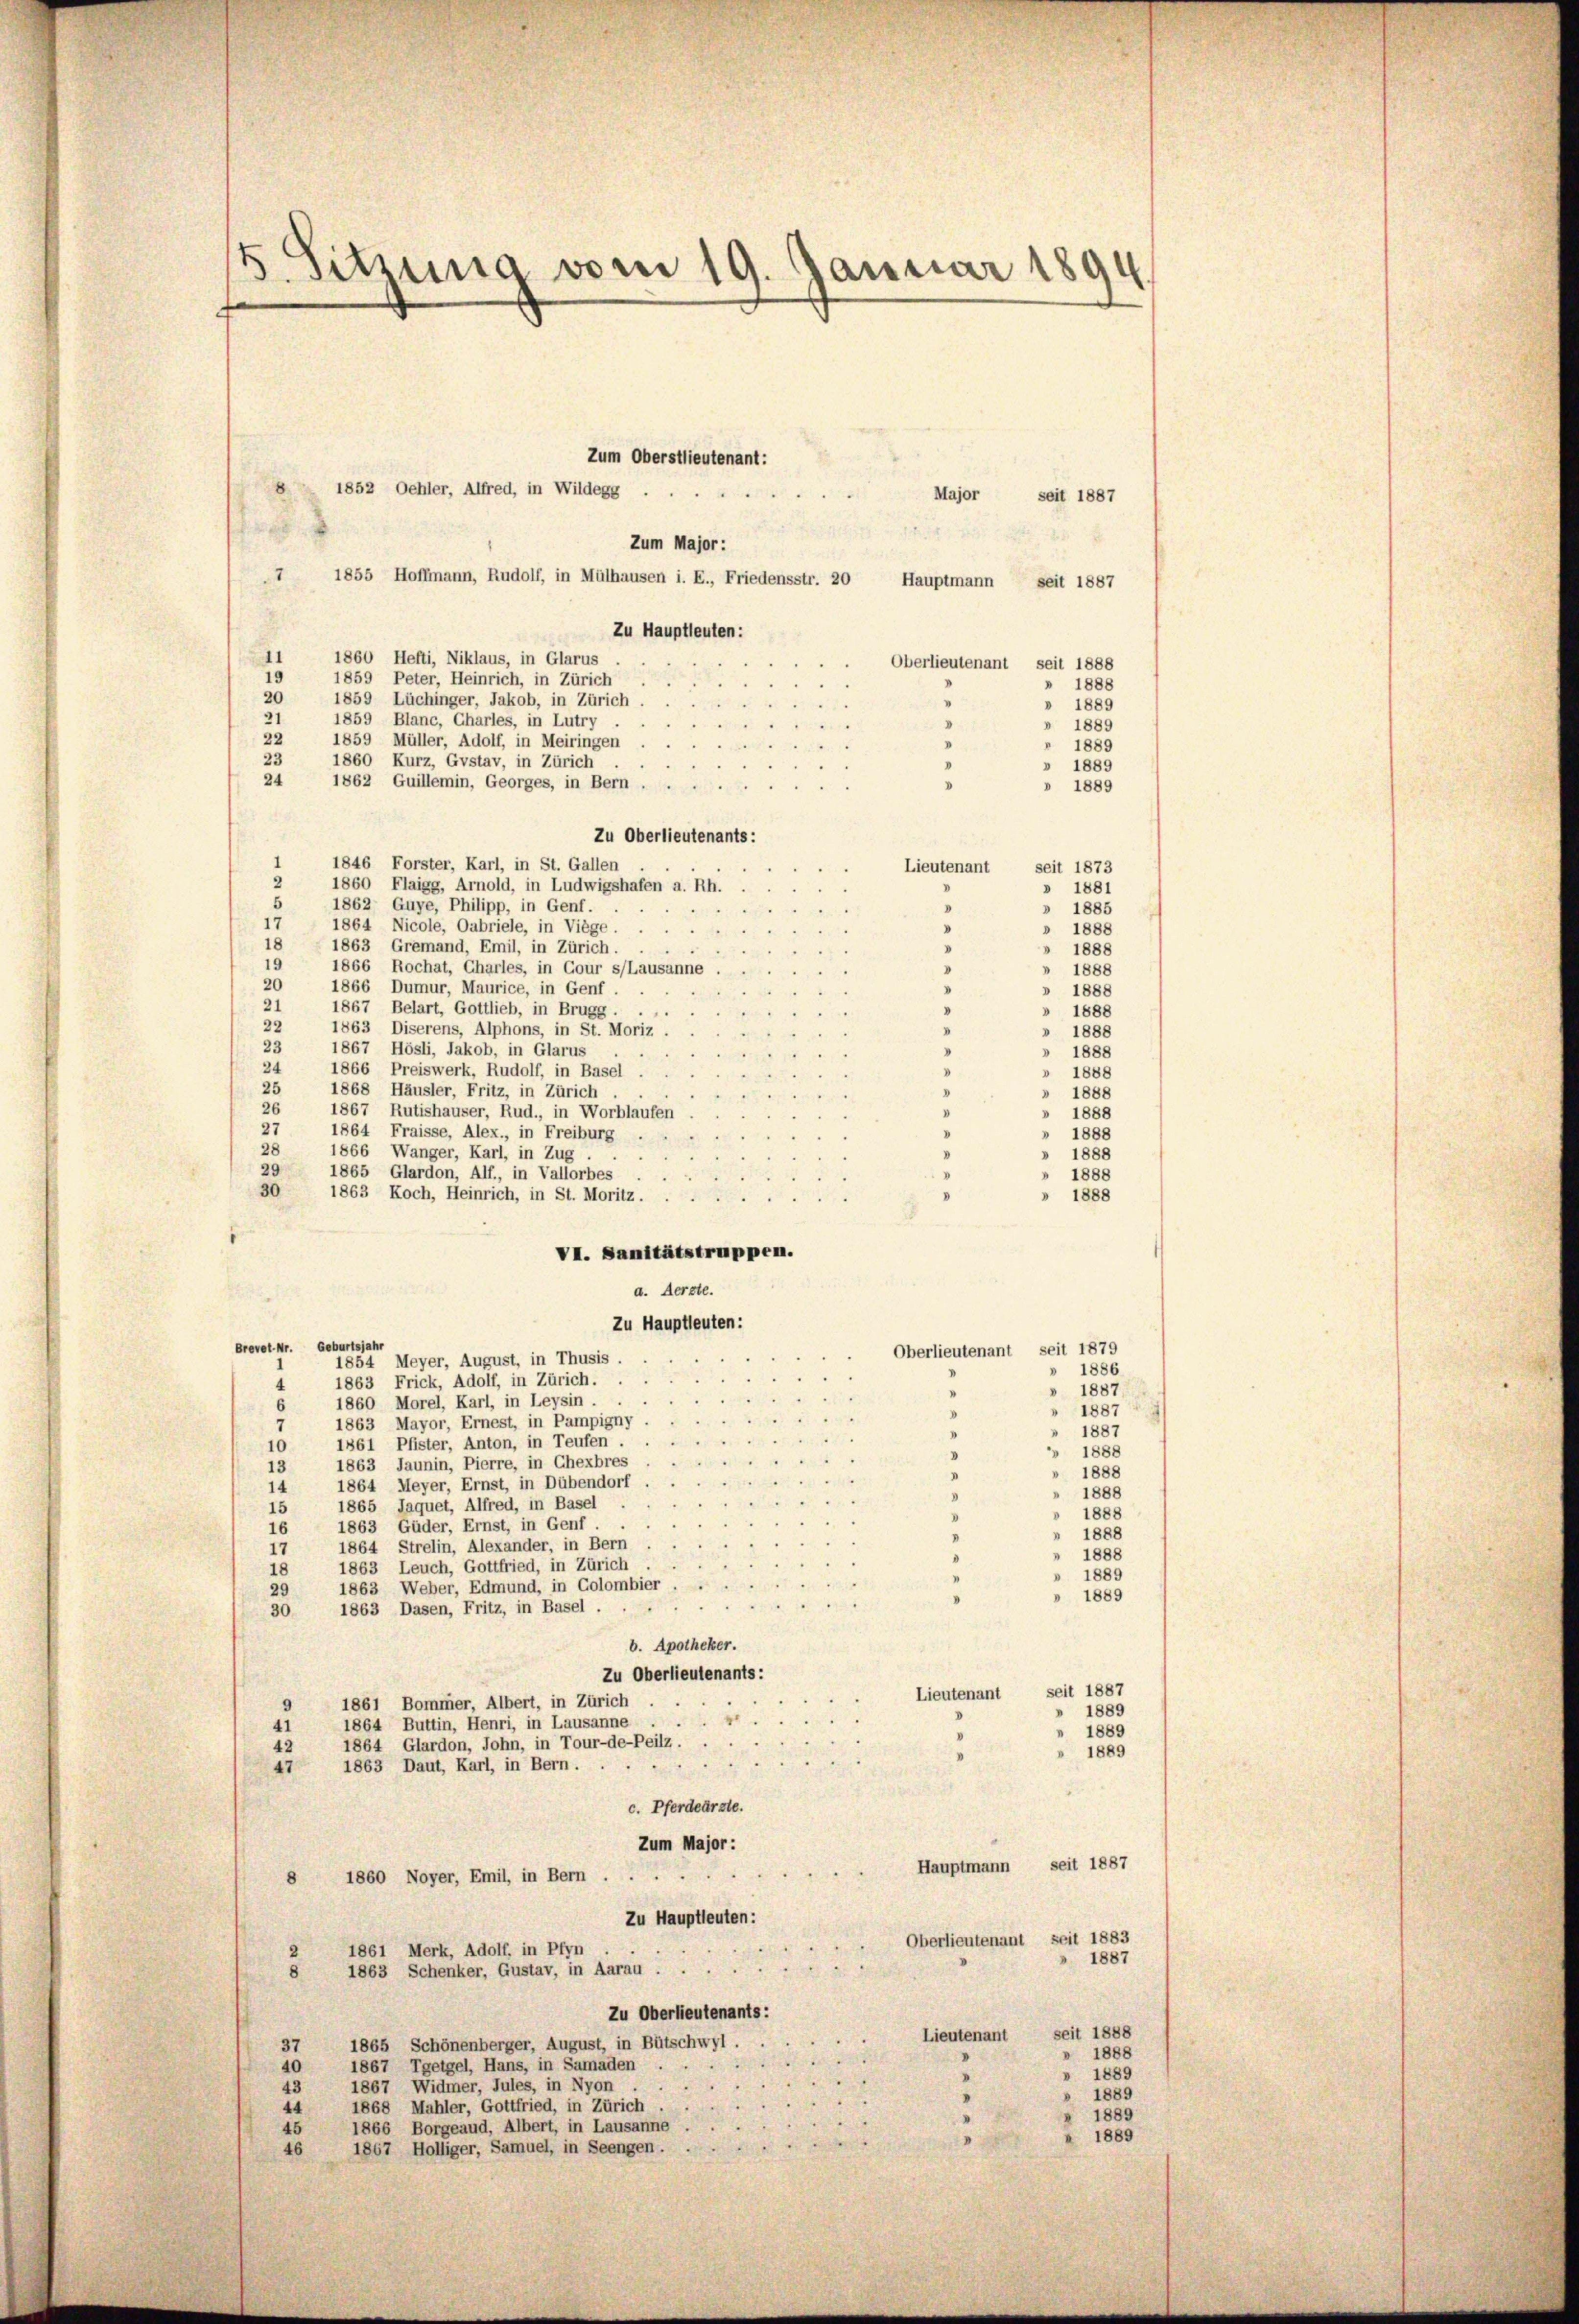
s Sitzung vom 19. Januar 1891

Zum Oberstlieutenant:
8
1852 Oehler, Alfred, in Wildegg
Major
seit 1887
Zum Major :
7 1855 Hoffmann, Rudolf, in Mülhausen i. E., Friedensstr. 20
Hauptmann seit 1887
Zu Hauptleuten:
11
1860 Hefti, Niklaus, in Glarus
Oberlieutenant seit 1888
19
1859 Peter, Heinrich, in Zürich
» 1888
20
1859 Lüchinger, Jakob, in Zürich
» 1889
21
1859 Blanc, Charles, in Lutry
» 1889
22
1859 Müller, Adolf, in Meiringen
 1889
23
1860 Kurz, Gvstav, in Zürich
» 1889
24
1862 Guillemin, Georges, in Bern.
» 1889
Zu Oberlieutenants:
1846 Forster, Karl, in St. Gallen
Lieutenant
seit 1873
5
1860 Flaigg, Arnold, in Ludwigshafen a. Rh.
» 1881
1862 Guye, Philipp, in Genf.
» 1885
17
1864 Nicole, Oabriele, in Viege.
3
» 1888
18
1863 Gremand, Emil, in Zürich.
V
 1888
19
1866 Rochat, Charles, in Gour s/Lausanne
V
 1888
20
1866 Dumur, Maurice, in Genf.
8
» 1888
21
1867 Belart, Gottlieb, in Brugg
.
» 1888
22
1863 Diserens, Alphons, in St. Moriz
.
 1888
23
1867 Hösli, Jakob, in Glarus
 1888
24
1866 Preiswerk, Rudolf, in Basel
D
» 1888
25
1868 Häusler, Fritz, in Zürich
D
 1888
26
1867 Rutishauser, Rud., in Worblaufen
V
» 1888
27
1864 Fraisse, Alex., in Freiburg
 1888
28
1866 Wanger, Karl, in Zug,
» 1888
29
1865 Glardon, Alf., in Vallorbes
 1888
30
1863 Koch, Heinrich, in St. Moritz.
 1888
VI. Sanitätstruppen.
a. Aerzte.
Zu Hauptleuten:
Brevet Nr. Geburtsjahr
Oberlieutenant seit 1879
1854 Meyer, August, in Thusis.
1
1886
4 1863 Frick, Adolf, in Zürich.
» 1887,
1860 Morel, Karl, in Leysin . .
6
 1887
D
1863 Mayor, Ernest, in Pampigny
 1887
d
1861 Pfister, Anton, in Teufen.
10
 1888
3
1863 Jaunin, Pierre, in Chexbres
13
 1888
1864 Meyer, Ernst, in Dübendorf
14
" 1888
1865 Jaquet, Alfred, in Basel
15
 1888
1863 Güder, Ernst, in Genf.
16
 1888
1864 Strelin, Alexander, in Bern
17
 1888
1863 Leuch, Gottfried, in Zürich
18
1889
1863 Weber, Edmund, in Colombier
29
1889
1863 Dasen, Fritz, in Basel.
30
b. Apotheker.
Zu Oberlieutenants:
seit 1887
Lieutenant
1861 Bommer, Albert, in Zürich
1889
.
1864 Buttin, Henri, in Lausanne
41
1889
1864 Glardon, John, in Tour-de-Peilz.
42
 1889
1863 Daut, Karl, in Bern.
47
c. Pferdeürste.
Zum Major :
Hauptmann seit 1887
1860 Noyer, Emil, in Bern ...
8
Zu Hauptleuten:
Oberlieutenant seit 1883
1861 Merk, Adolf, in Pfyn
» 1887
1863 Schenker, Gustav, in Aarau .
8
Zu Oberlieutenants:
seit 1888
Lieutenant
1865 Schönenberger, August, in Bütschwyl.
37
 1888
V
1867 Tgetgel, Hans, in Samaden
40
» 1889
I
¬
1867 Widmer, Jules, in Nyon
43
 1889
I
1868 Mahler, Gottfried, in Zürich
44
» 1889
1866 Borgeaud, Albert, in Lausanne
45
 1889
1867 Hölliger, Samuel, in Seengen.
46